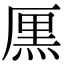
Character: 𠪩